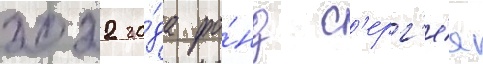
2022 го́да фо́нд с'ерг'е́я